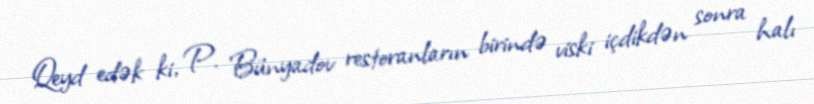
Qeyd edək ki, P. Bünyadov restoranların birində viski içdikdən sonra halı